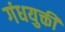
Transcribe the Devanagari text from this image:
गंधयुक्ती